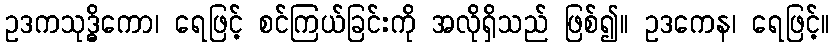
ဥဒကသုဒ္ဓိကော၊ ရေဖြင့် စင်ကြယ်ခြင်းကို အလိုရှိသည် ဖြစ်၍။ ဥဒကေန၊ ရေဖြင့်။